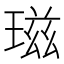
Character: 𤧹